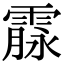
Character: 霡